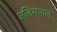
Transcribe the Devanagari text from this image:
अतिसफल